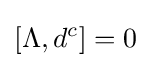
[\Lambda ,d^{c}]=0